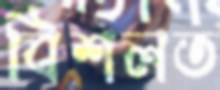
বিশলত